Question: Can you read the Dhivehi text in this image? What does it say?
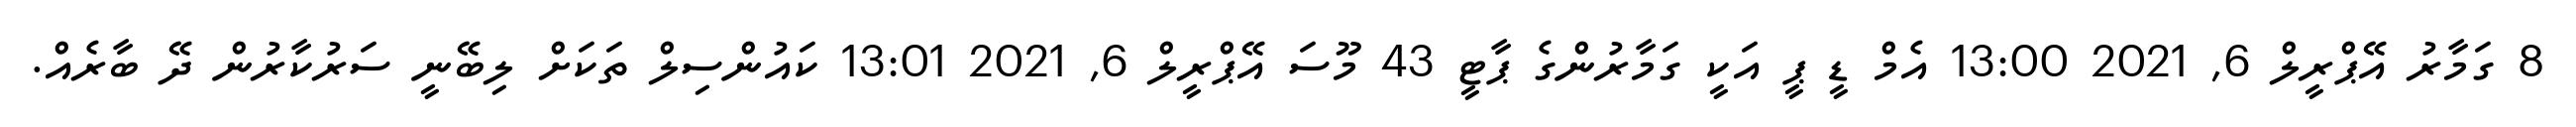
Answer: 8 ގަމާރު އޭޕްރީލް 6, 2021 13:00 އެމް ޑީ ޕީ އަކީ ގަމާރުންގެ ޕާޓީ 43 މޫސަ އޭޕްރީލް 6, 2021 13:01 ކައުންސިލް ތަކަށް ލިބޭނީ ސަރުކާރުން ދޭ ބާރެއް.